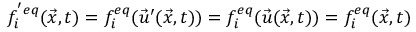
f _ { i } ^ { ' e q } ( \vec { x } , t ) = f _ { i } ^ { e q } ( \vec { u } ^ { \prime } ( \vec { x } , t ) ) = f _ { i } ^ { e q } ( \vec { u } ( \vec { x } , t ) ) = f _ { i } ^ { e q } ( \vec { x } , t )